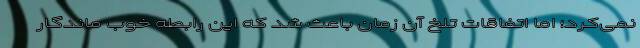
نمی‌کرد؛ اما اتفاقات تلخ آن زمان باعث شد که این رابطه خوب ماندگار